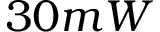
3 0 m W